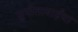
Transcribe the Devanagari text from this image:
सुनीताबाईंचा